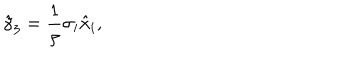
\hat { \gamma } _ { 3 } = \frac { 1 } { \rho } \sigma _ { i } \hat { x } _ { i } ,